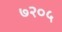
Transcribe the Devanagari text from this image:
७२०५